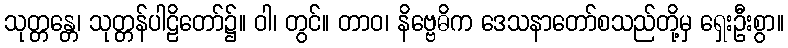
သုတ္တန္တေ၊ သုတ္တန်ပါဠိတော်၌။ ဝါ၊ တွင်။ တာဝ၊ နိဗ္ဗေဓိက ဒေသနာတော်စသည်တို့မှ ရှေးဦးစွာ။